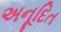
અનૂદિત